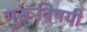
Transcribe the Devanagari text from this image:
गुरूंविषयी